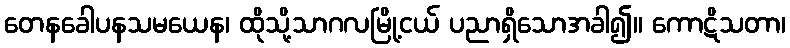
တေနခေါပနသမယေန၊ ထိုသို့သာဂလမြို့ငယ် ပညာရှိသောအခါ၍။ ကောဋိသတာ၊